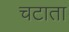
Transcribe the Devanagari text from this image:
चटाता